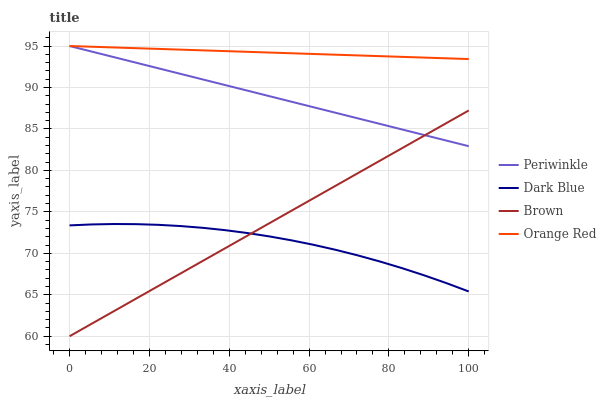
| xaxis_label | Periwinkle | Dark Blue | Brown | Orange Red |
 | --- | --- | --- | --- | --- |
 | 0 | 95 | 73.4 | 60 | 95 |
 | 5.56 | 94.3 | 73.5 | 61.5 | 94.9 |
 | 11.1 | 93.7 | 73.5 | 63 | 94.8 |
 | 16.7 | 93 | 73.5 | 64.5 | 94.7 |
 | 22.2 | 92.3 | 73.4 | 66.1 | 94.7 |
 | 27.8 | 91.6 | 73.3 | 67.6 | 94.6 |
 | 33.3 | 91 | 73.1 | 69.1 | 94.5 |
 | 38.9 | 90.3 | 72.8 | 70.6 | 94.4 |
 | 44.4 | 89.6 | 72.5 | 72.1 | 94.3 |
 | 50 | 89 | 72 | 73.6 | 94.2 |
 | 55.6 | 88.3 | 71.6 | 75.1 | 94.1 |
 | 61.1 | 87.6 | 71 | 76.6 | 94 |
 | 66.7 | 86.9 | 70.4 | 78.2 | 94 |
 | 72.2 | 86.3 | 69.7 | 79.7 | 93.9 |
 | 77.8 | 85.6 | 69 | 81.2 | 93.8 |
 | 83.3 | 84.9 | 68.2 | 82.7 | 93.7 |
 | 88.9 | 84.3 | 67.3 | 84.2 | 93.6 |
 | 94.4 | 83.6 | 66.4 | 85.7 | 93.5 |
 | 100 | 82.9 | 65.4 | 87.2 | 93.4 |